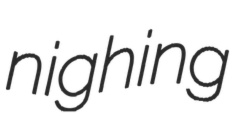
nighing